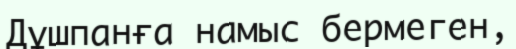
Дұшпанға намыс бермеген,